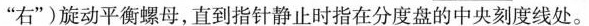
或”右”)旋动平衡螺母，直到指针静止时指在分度盘的中央刻度线处。